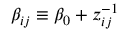
\beta _ { i j } \equiv \beta _ { 0 } + z _ { i j } ^ { - 1 }